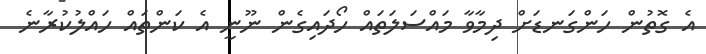
އެ ގޮތުން ހަންގަނޑަށް ދިމާވާ މައްސަލަތައް ހޯދައިގެން ނޫނީ އެ ކަންތައް ހައްލުކުރާނެ